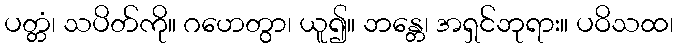
ပတ္တံ၊ သပိတ်ကို။ ဂဟေတွာ၊ ယူ၍။ ဘန္တေ၊ အရှင်ဘုရား။ ပဝိသထ၊